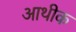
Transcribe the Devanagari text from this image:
आथीक